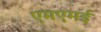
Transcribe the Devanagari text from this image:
एमएमई